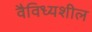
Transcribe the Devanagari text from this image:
वैविध्यशील